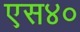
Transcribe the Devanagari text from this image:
एस४०